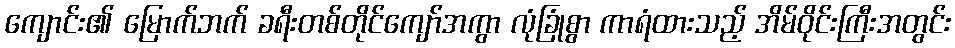
ကျောင်း၏ မြောက်ဘက် ခရီးတစ်တိုင်ကျော်အကွာ လုံခြုံစွာ ကာရံထားသည့် အိမ်ဝိုင်းကြီးအတွင်း